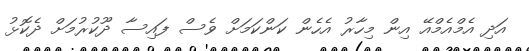
އަދި އެމްއެމްއޭ އިން މިހާރު އެހެން ކަންކަމަށް ވެސް ފައިސާ ދޫކުރުމަށް ދެކޮޅު